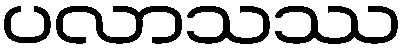
ပလာသဿ